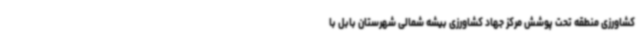
کشاورزی منطقه تحت پوشش مرکز جهاد کشاورزی بیشه شمالی شهرستان بابل با